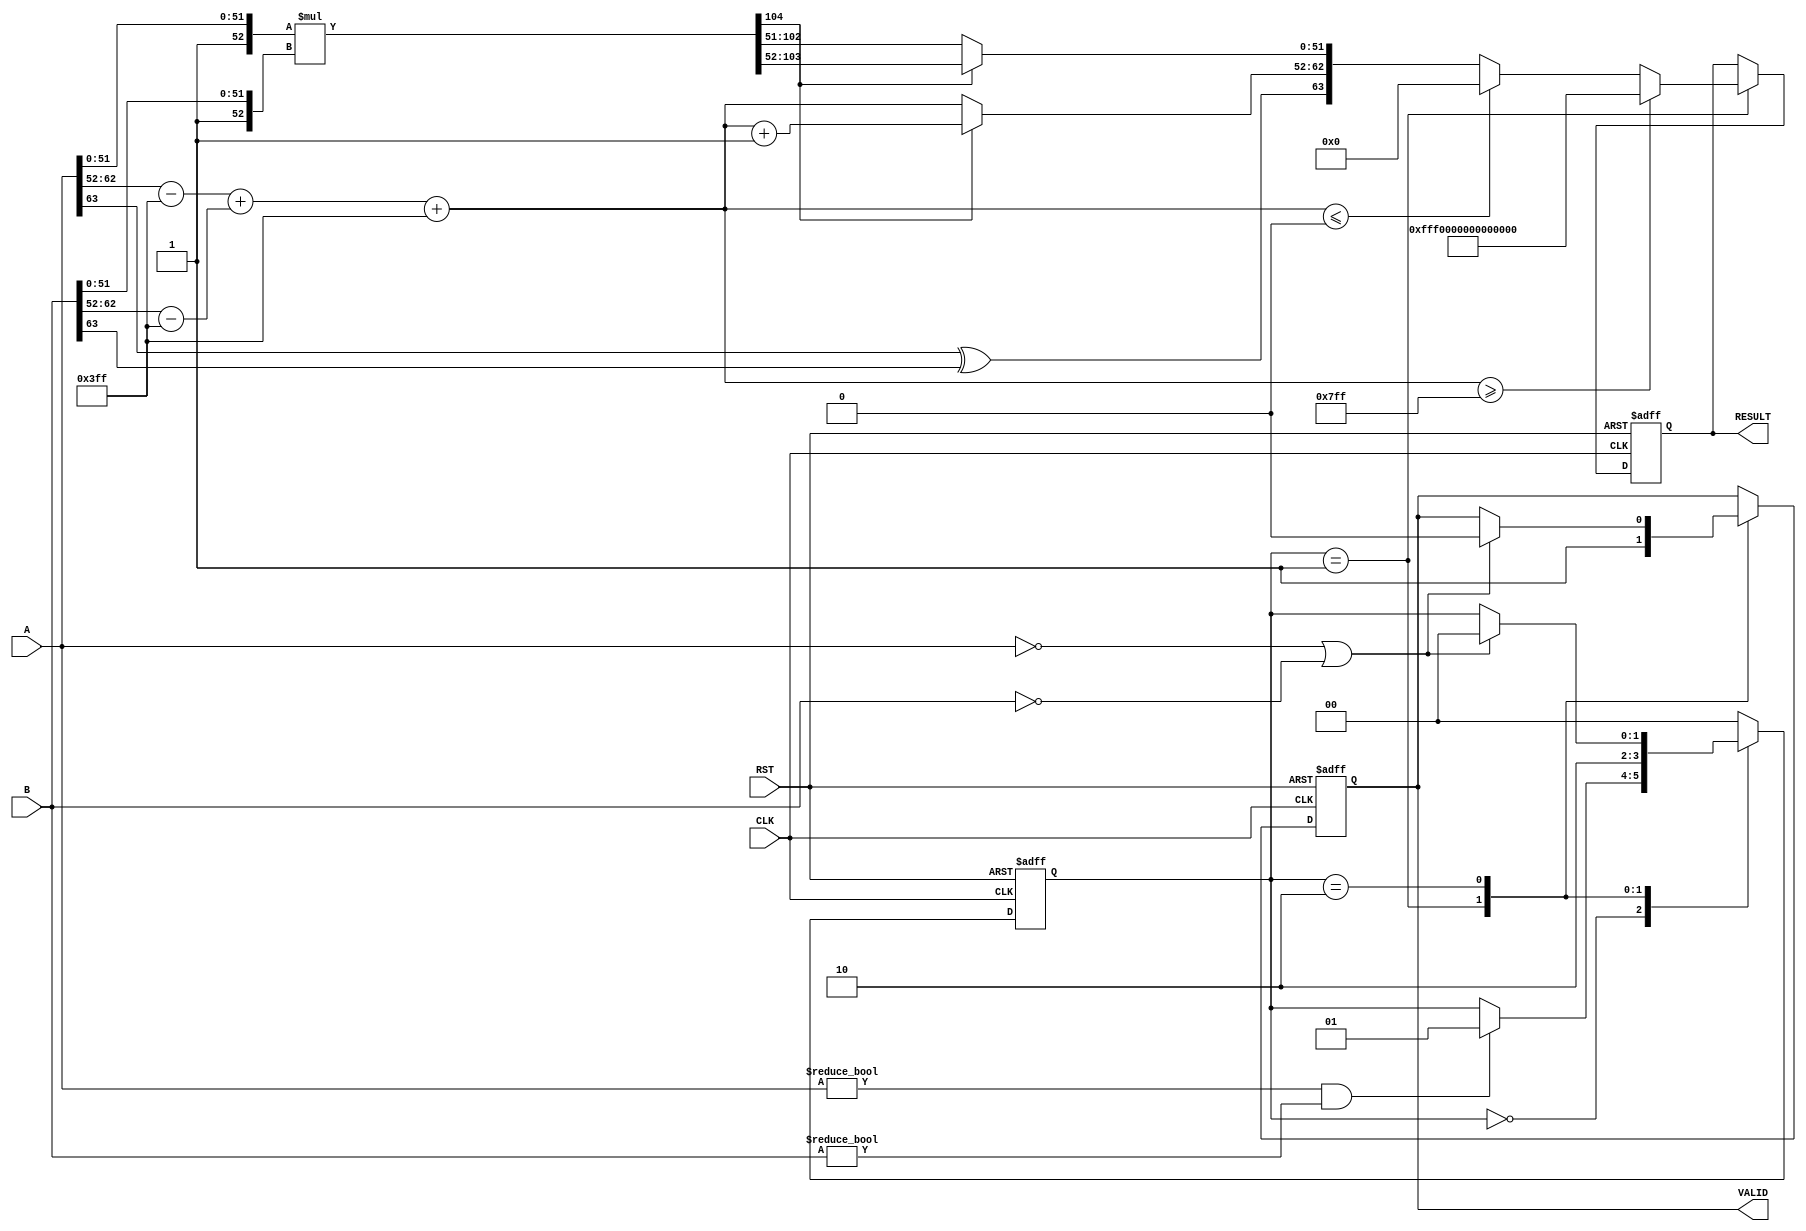
module floating_point_multiplier(
    input wire [63:0] A,      // First operand (64-bit for double precision)
    input wire [63:0] B,      // Second operand (64-bit for double precision)
    input wire CLK,           // Clock signal
    input wire RST,           // Reset signal
    output reg [63:0] RESULT, // Result of multiplication
    output reg VALID          // Result valid signal
);
    
    // Constants
    parameter EXPONENT_BITS = 11; // for double precision
    parameter MANTISSA_BITS = 52;  // for double precision
    parameter EXPONENT_BIAS = 1023; // for double precision

    // Internal signals
    reg [63:0] mantissa_A, mantissa_B;
    reg [EXPONENT_BITS-1:0] exp_A, exp_B;
    reg [EXPONENT_BITS-1:0] exp_result;
    reg sign_A, sign_B, sign_result;
    reg [2*MANTISSA_BITS:0] mantissa_result; // 2*MANTISSA_BITS for multiplication
    reg [63:0] final_mantissa;
    reg [4:0] rounding_bit;
    
    // State Variables
    reg [1:0] state; // 0: idle, 1: calculate, 2: done

    // Extract components from A
    always @(*) begin
        sign_A = A[63];
        exp_A = A[62:52] - EXPONENT_BIAS;
        mantissa_A = {1'b1, A[51:0]}; // Add implicit leading 1
    end

    // Extract components from B
    always @(*) begin
        sign_B = B[63];
        exp_B = B[62:52] - EXPONENT_BIAS;
        mantissa_B = {1'b1, B[51:0]}; // Add implicit leading 1
    end

    // State Machine
    always @(posedge CLK or posedge RST) begin
        if (RST) begin
            RESULT <= 64'b0;
            VALID <= 1'b0;
            state <= 2'b00; // idle state
        end else begin
            case (state)
                2'b00: begin // Idle state
                    if (A != 0 && B != 0) begin
                        state <= 2'b01; // Move to calculation state
                    end
                end
                
                2'b01: begin // Calculate
                    // Perform mantissa multiplication
                    mantissa_result = mantissa_A * mantissa_B;
                    
                    // Calculate the exponent
                    exp_result = exp_A + exp_B + EXPONENT_BIAS;
                    
                    // Check for overflow/underflow
                    if (exp_result >= (1 << EXPONENT_BITS) - 1) begin
                        // Overflow
                        RESULT <= {sign_A ^ sign_B, 1'b1, {EXPONENT_BITS{1'b1}}, 52'b0}; // Infinity
                        VALID <= 1'b1;
                        state <= 2'b10; // Move to done state
                    end else if (exp_result <= 0) begin
                        // Underflow
                        RESULT <= {sign_A ^ sign_B, 1'b0, 11'b0, 52'b0}; // Zero
                        VALID <= 1'b1;
                        state <= 2'b10; // Move to done state
                    end else begin
                        // Normalization
                        if (mantissa_result[2*MANTISSA_BITS]) begin
                            // Normal case
                            final_mantissa = mantissa_result[2*MANTISSA_BITS-1:MANTISSA_BITS];
                            exp_result = exp_result + 1; // Adjust exponent
                        end else begin
                            // Shift right to normalize
                            final_mantissa = mantissa_result[2*MANTISSA_BITS-2:MANTISSA_BITS-1];
                        end
                        
                        // Assemble final result
                        RESULT <= {sign_A ^ sign_B, exp_result[EXPONENT_BITS-1:0], final_mantissa[51:0]};
                        VALID <= 1'b1;
                        state <= 2'b10; // Move to done state
                    end
                end
                
                2'b10: begin // Done state
                    // Wait for next operation
                    if (A == 0 || B == 0) begin
                        VALID <= 1'b0; // Reset valid signal
                        state <= 2'b00; // Back to idle state
                    end
                end
                
                default: state <= 2'b00; // Default to idle
            endcase
        end
    end
endmodule